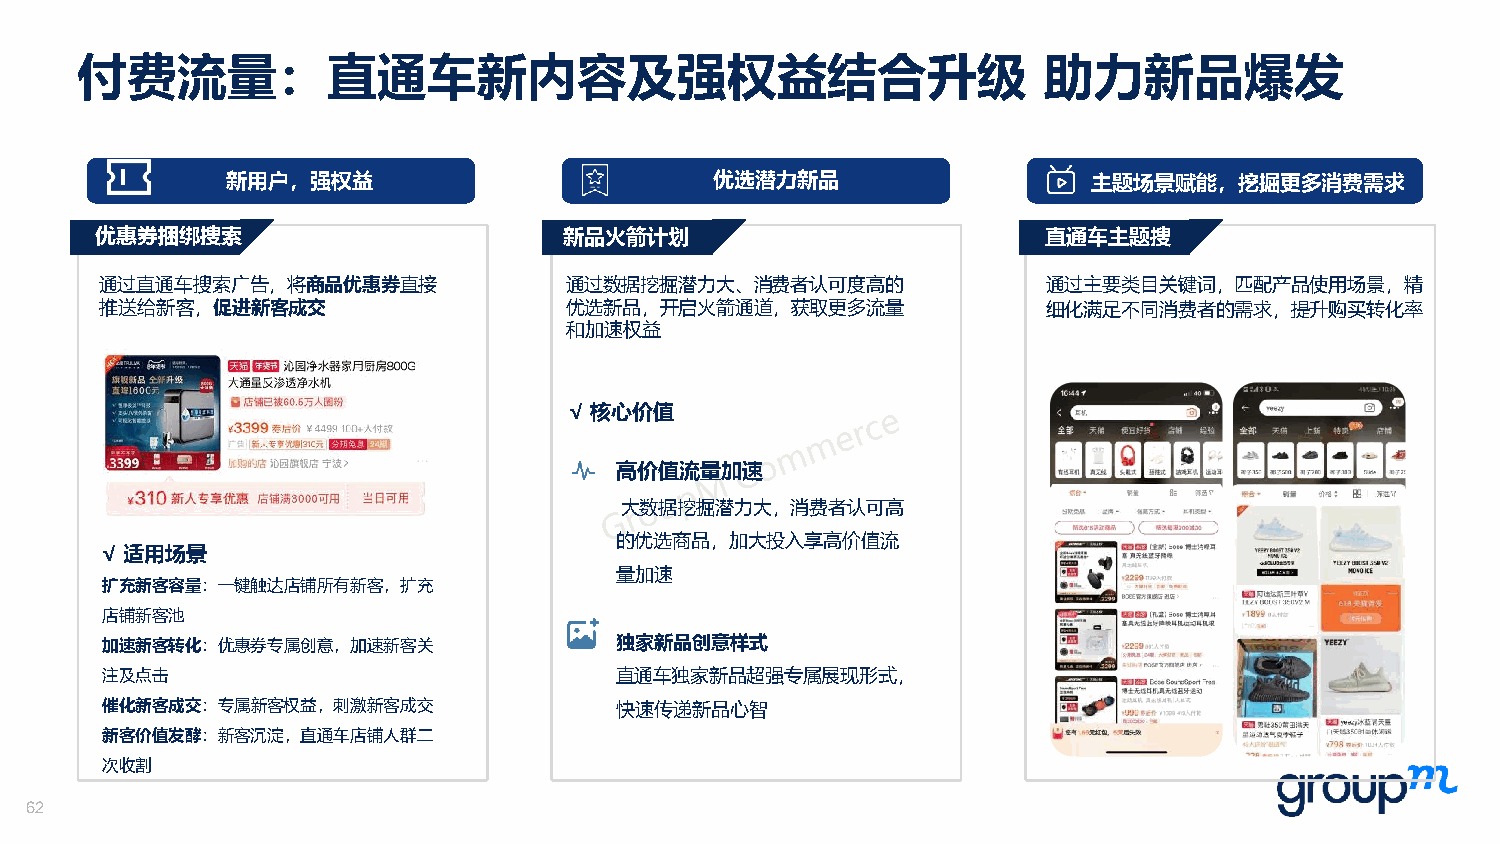
付费流量：直通车新内容及强权益结合升级                                             助力新品爆发
 新用户，强权益                         优选潜力新品                   主题场景赋能，挖掘更多消费需求
 优惠券捆绑搜索                        新品火箭计划                          直通车主题搜
 通过直通车搜索广告，将商品优惠券直接            通过数据挖掘潜力大、消费者认可度高的              通过主要类目关键词，匹配产品使用场景，精
 推送给新客，促进新客成交                  优选新品，开启火箭通道，获取更多流量              细化满足不同消费者的需求，提升购买转化率
 和加速权益
 √核心价值
 高价值流量加速
 大数据挖掘潜力大，消费者认可高
 的优选商品，加大投入享高价值流
 √ 适用场景
 量加速
 L扩B充S标新客签容升量级：一键触达店铺所有新客，扩充
 店铺新客池
 加速新客转化：优惠券专属创意，加速新客关              独家新品创意样式
 注及点击                              直通车独家新品超强专属展现形式，
 催化新客成交：专属新客权益，刺激新客成交              快速传递新品心智
 新客价值发酵：新客沉淀，直通车店铺人群二
 次收割
 62